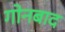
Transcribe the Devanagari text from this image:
गोनबाद